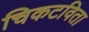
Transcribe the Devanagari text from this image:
चिकटविता